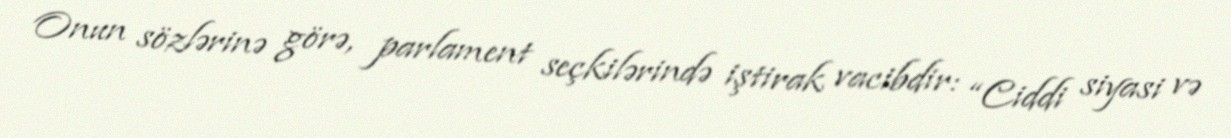
Onun sözlərinə görə, parlament seçkilərində iştirak vacibdir: “Ciddi siyasi və